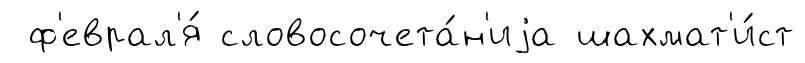
ф'еврал'я́ словосочета́н'иjа шахмат'и́ст